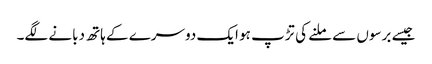
جیسے برسوں سے ملنے کی تڑپ ہو ایک دوسرے کے ہاتھ دبانے لگے۔